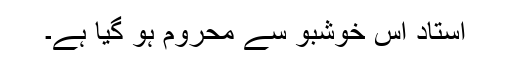
اُستاد اس خوشبو سے محروم ہو گیا ہے۔